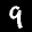
Label: 9